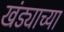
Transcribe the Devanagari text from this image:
खंड्याच्या